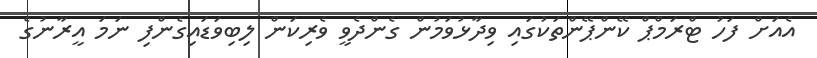
އެއަށް ފަހު ޓްރަމްޕް ކޭންޕޭންތަކުގައި ވިދާޅުވަމުން ގެންދެވީ ވެރިކަން ލިބިވަޑައިގެންފި ނަމަ އީރާނުގެ